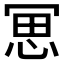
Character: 𠖓